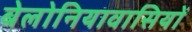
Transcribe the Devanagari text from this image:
बेलोनियावासियों